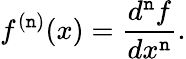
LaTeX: f^{(\mathtt{n})}(x)={\frac{{d^{\mathtt{n}}f}}{{dx^{\mathtt{n}}}}}.